Scottish Certificate of Education, 1963
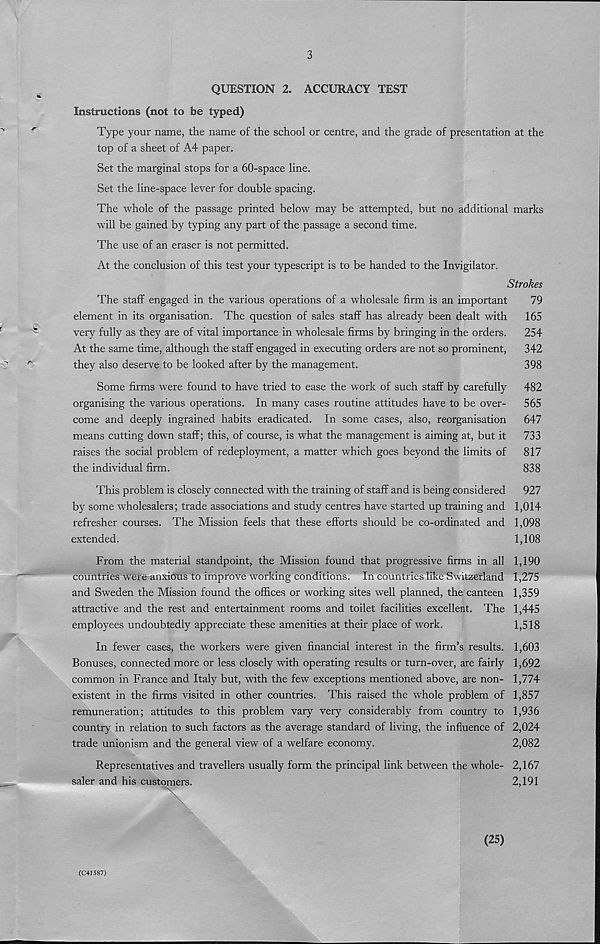
3
QUESTION 2. ACCURACY TEST
Instructions (not to be typed)
Type your name, the name of the school or centre, and the grade of presentation at the
top of a sheet of A4 paper.
Set the marginal stops for a 60-space line.
Set the line-space lever for double spacing.
The whole of the passage printed below may be attempted, but no additional marks
will be gained by typing any part of the passage a second time.
The use of an eraser is not permitted.
At the conclusion of this test your typescript is to be handed to the Invigilator.
Strokes
The staff engaged in the various operations of a wholesale firm is an important
79
element in its organisation. The question of sales staff has already been dealt with
165
very fully as they are of vital importance in wholesale firms by bringing in the orders.
254
At the same time, although the staff engaged in executing orders are not so prominent,
342
they also deserve to be looked after by the management.
398
Some firms were found to have tried to ease the work of such staff by carefully
482
organising the various operations. In many cases routine attitudes have to be over-
565
come and deeply ingrained habits eradicated. In some cases, also, reorganisation
647
means cutting down staff; this, of course, is what the management is aiming at, but it
733
raises the social problem of redeployment, a matter which goes beyond the limits of
817
the individual firm.
838
This problem is closely connected with the training of staff and is being considered
927
by some wholesalers; trade associations and study centres have started up training and 1,014
refresher courses. The Mission feels that these efforts should be co-ordinated and 1,098
extended.
1,108
From the material standpoint, the Mission found that progressive firms in all 1,190
countries were anxious to improve working conditions. In countries like Switzerland 1,275
and Sweden the Mission found the offices or working sites well planned, the canteen 1,359
attractive and the rest and entertainment rooms and toilet facilities excellent. The 1,445
employees undoubtedly appreciate these amenities at their place of work.
1,518
In fewer cases, the workers were given financial interest in the firm’s results. 1,603
Bonuses, connected more or less closely with operating results or turn-over, are fairly 1,692
common in France and Italy but, with the few exceptions mentioned above, are non- 1,774
existent in the firms visited in other countries. This raised the whole problem of 1,857
remuneration; attitudes to this problem vary very considerably from country to 1,936
country in relation to such factors as the average standard of living, the influence of 2,024
trade unionism and the general view of a welfare economy.
2,082
Representatives and travellers usually form the principal link between the whole- 2,167
saler and his customers.
2,191
\
(25)
(C41587)